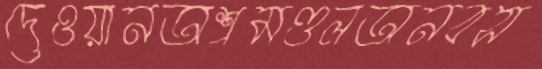
দেওয়ানঅশ্মমণ্ডলঅনবস